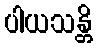
ပါယသန္တိ